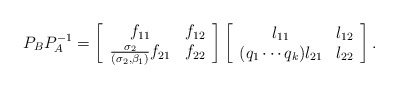
\begin{align*} \textstyle P_{B} P_{A}^{-1} = \left[\begin{array}{cc} {f_{11} } & {f_{12} } \\ {\frac{\sigma_{2} }{(\sigma_{2}, \beta_{1} )} f_{21} } & {f_{22} } \end{array}\right] \left[\begin{array}{cc} {l_{11} } & {l_{12} } \\ {(q_{1} \cdots q_{k} )l_{21} } & {l_{22} } \end{array}\right].\end{align*}